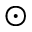
\odot